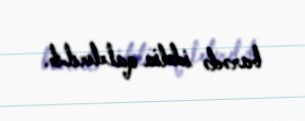
barədə iddia qaldırılıb.